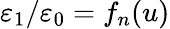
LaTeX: \varepsilon_{1}/\varepsilon_{0}=f_{n}(u)